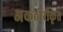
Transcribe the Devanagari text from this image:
अकठोरीकृत